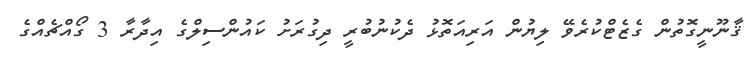
ޤާނޫނީގޮތުން ގެޒެޓްކުރެވޭ ލިޔުން އަރިއަތޮޅު ދެކުނުބުރީ ދިގުރަށު ކައުންސިލްގެ އިދާރާ 3 ގޯއްޗެއްގެ